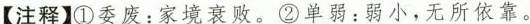
【注释】①委废：家境衰败。②单弱：弱小，无所依靠。